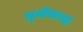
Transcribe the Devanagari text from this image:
भूमीसारखी